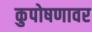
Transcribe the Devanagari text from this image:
कुपोषणावर